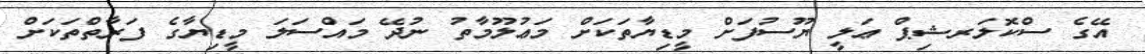
އޭގެ ސްކޮލަރޝިޕް ޢަލީ ޔޫސުފަށް މީޑިޔާތަކަށް މަޢުލޫމާތު ނުދޭ މައްސަލަ މީޑިޔާގެ ފަރާތްތަކަށް